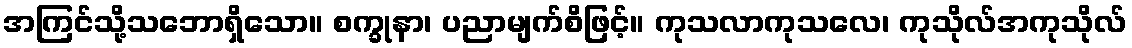
အကြင်သို့သဘောရှိသော။ စက္ခုနာ၊ ပညာမျက်စိဖြင့်။ ကုသလာကုသလေ၊ ကုသိုလ်အကုသိုလ်